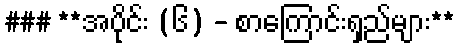
### **အပိုင်း (၆) - စာကြောင်းရှည်များ**